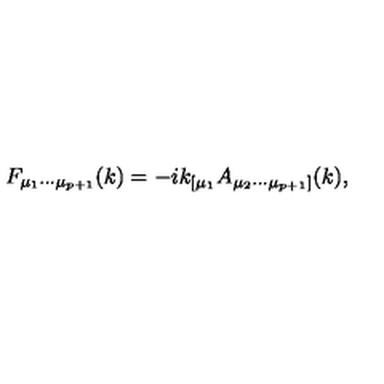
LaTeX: F _ { { \mu } _ { 1 } { \cdots } { \mu } _ { p + 1 } } ( k ) = - i k _ { [ { \mu } _ { 1 } } A _ { { \mu } _ { 2 } { \cdots } { \mu } _ { p + 1 } ] } ( k ) ,